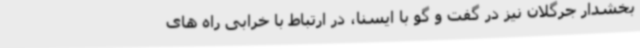
بخشدار جرگلان نیز در گفت و گو با ایسنا، در ارتباط با خرابی راه های